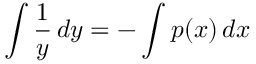
\int { \frac { 1 } { y } } \, d y = - \int p ( x ) \, d x